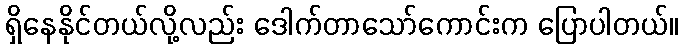
ရှိနေနိုင်တယ်လို့လည်း ဒေါက်တာသော်ကောင်းက ပြောပါတယ်။